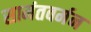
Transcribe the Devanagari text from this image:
सामंतवर्मन